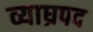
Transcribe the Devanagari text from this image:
व्याघ्रपद